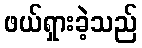
ဖယ်ရှားခဲ့သည်